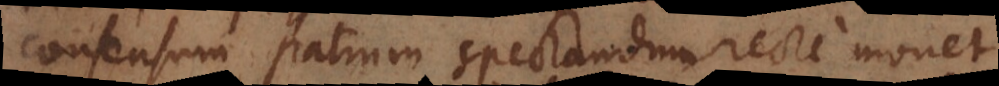
consensum patrum spectandum recte monet